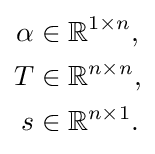
{\begin{aligned}\alpha &\in \mathbb {R} ^{1\times n},\\T&\in \mathbb {R} ^{n\times n},\\s&\in \mathbb {R} ^{n\times 1}.\end{aligned}}